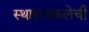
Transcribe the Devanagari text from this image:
स्थापत्यकलेची